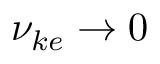
\nu _ { k e } \rightarrow 0